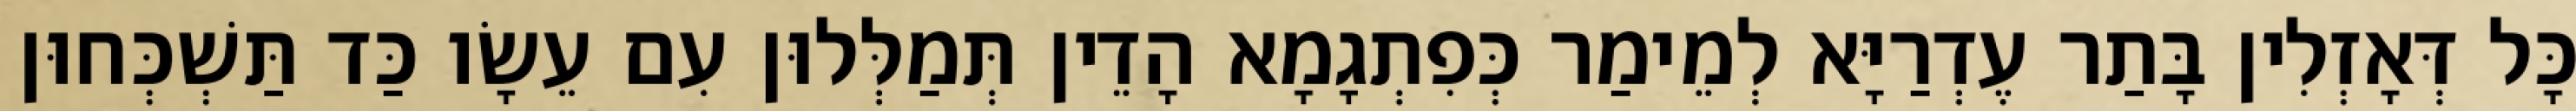
כָּל דְּאָזְלִין בָּתַר עֶדְרַיָּא לְמֵימַר כְּפִתְגָמָא הָדֵין תְּמַלְּלוּן עִם עֵשָׂו כַּד תַּשְׁכְּחוּן